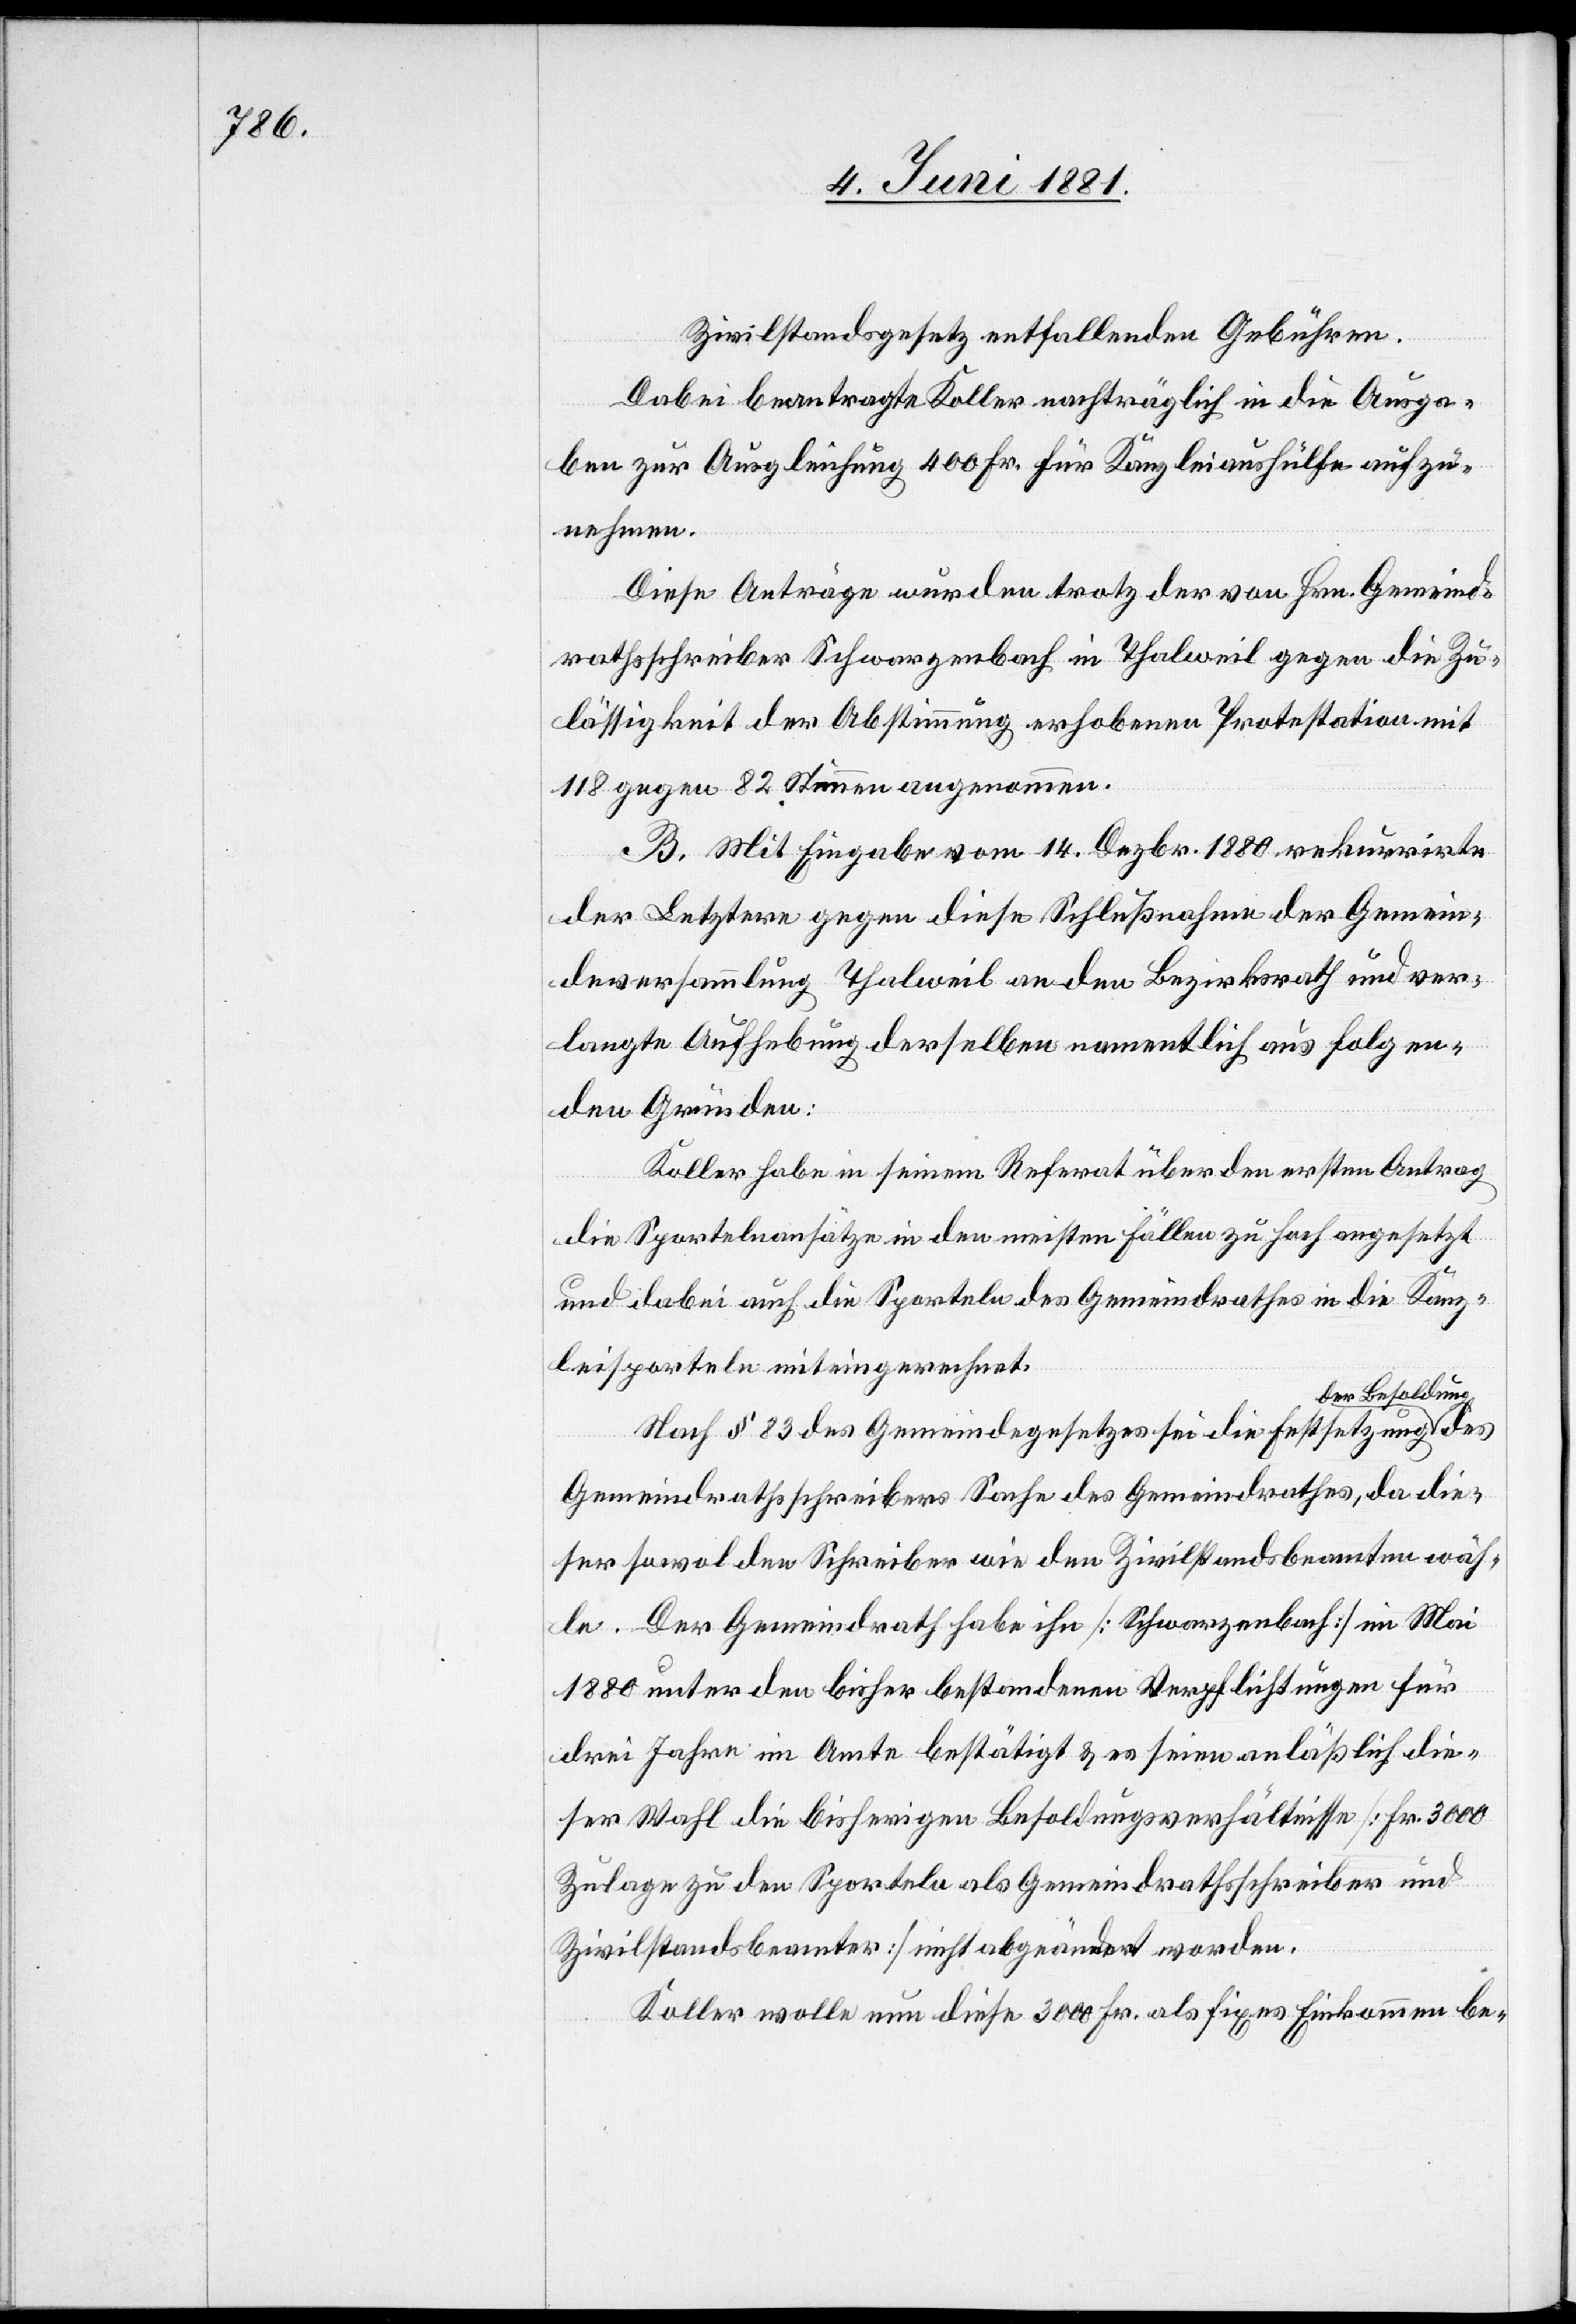
Zivilstandsgesetz entfallenden Gebühren.
Dabei beantragte Koller nachträglich in die Ausga¬
ben zur Ausgleichung 400 Fr. für Kanzleiaushülfe aufzu¬
nehmen.
Diese Anträge wurden trotz der von Hrn. Gemeind¬
rathsschreiber Schwarzenbach in Thalweil gegen die Zu¬
lässigkeit der Abstimmung erhobenen Protestation mit
118 gegen 82 Stimmen angenommen.
B. Mit Eingabe vom 14. Dezbr. 1880 rekurrirte
der Letztere gegen diese Schlußnahme der Gemein¬
deversammlung Thalweil an den Bezirksrath und ver¬
langte Aufhebung derselben namentlich aus folgen¬
den Gründen:
Koller habe in seinem Referat über den ersten Antrag
die Sportelnansätze in den meisten Fällen zu hoch angesetzt
und dabei auch die Sporteln des Gemeindrathes in die Kanz¬
leisporteln miteingerechnet.
Nach § 83 des Gemeindegesetzes sei die Festsetzung a-der
Gemeindrathsschreibers Sache des Gemeindrathes, da die¬
ser sowol den Schreiber wie den Zivilstandsbeamten wäh¬
le. Der Gemeindrath habe ihn [Schwarzenbach] im Mai
1880 unter den bisher bestandenen Verpflichtungen für
drei Jahre im Amte bestätigt & es seien anläßlich die¬
ser Wahl die bisherigen Besoldungsverhältnisse [Fr. 3000
Zulage zu den Sporteln als Gemeindrathsschreiber und
Zivilstandsbeamter] nicht abgeändert worden.
Koller wolle nun diese 3000 Fr. als fixes Einkommen be-